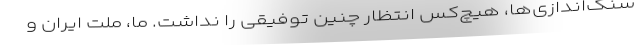
سنگ‌اندازی‌ها، هیچ‌کس انتظار چنین توفیقی را نداشت. ما، ملت ایران و